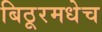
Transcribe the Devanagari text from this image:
बिठूरमधेच